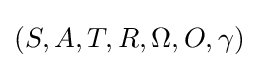
(S,A,T,R,\Omega ,O,\gamma )